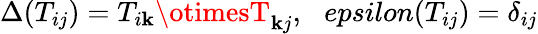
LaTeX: \Delta(T_{ij})=T_{i\mathbf{k}}\otimesT_{\mathbf{k}j},\ \ \, epsilon(T_{ij})=\delta_{ij}